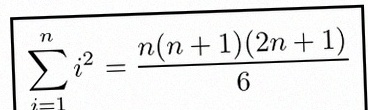
\sum_{i=1}^{n}i^2=\frac{n(n+1)(2n+1)}6